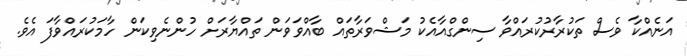
އަނެއްކާ ވެސް ތަކުރާރުކުރައްވާ ސިންގްއާއެކު މަޝްވަރާތައް ބާއްވަވަން ތައްޔާރަށް ހުންނެވިކަން ހާމަކުރައްވާފަ އެވެ.